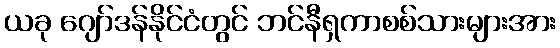
ယခု ဂျော်ဒန်နိုင်ငံတွင် ဘင်နီရှကာစစ်သားများအား